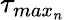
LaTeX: \tau_{max_{n}}